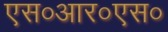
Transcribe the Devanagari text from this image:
एस०आर०एस०